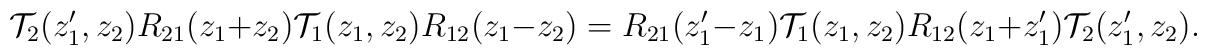
{\cal T}_2 (z'_1 , z_2 )R_{21}(z_1 +z_2 ){\cal T}_1 (z_1 , z_2 )R_{12}(z_1 -z_2 )=R_{21}(z'_1 -z_1 ){\cal T}_1 (z_1 , z_2 )R_{12}(z_1 +z'_1 ){\cal T}_2 (z'_1 , z_2 ).